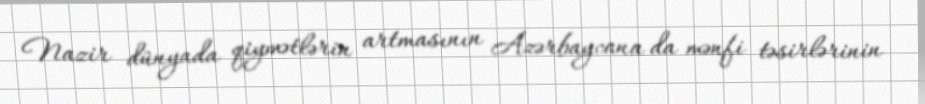
Nazir dünyada qiymətlərin artmasının Azərbaycana da mənfi təsirlərinin